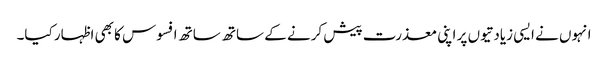
انہوں نے ایسی زیادتیوں پر اپنی معذرت پیش کرنے کے ساتھ ساتھ افسوس کا بھی اظہار کیا۔